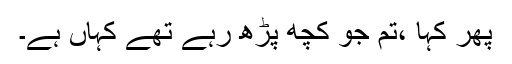
پھر کہا ،تم جو کچھ پڑھ رہے تھے کہاں ہے۔